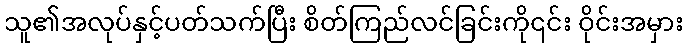
သူ၏အလုပ်နှင့်ပတ်သက်ပြီး စိတ်ကြည်လင်ခြင်းကို၎င်း ဝိုင်းအမှား